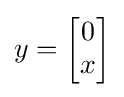
y={\begin{bmatrix}0\\x\end{bmatrix}}